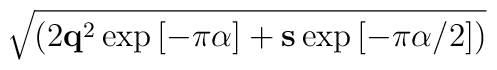
\sqrt{({2 {\bf q}^2\exp{[ -\pi\alpha]} + {\bf s}\exp{[-\pi\alpha/2]}})}